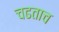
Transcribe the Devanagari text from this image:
चढताच